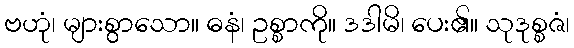
ဗဟုံ၊ များစွာသော။ ဓနံ၊ ဥစ္စာကို။ ဒဒါမိ၊ ပေး၏။ သုဒုစ္စဇံ၊